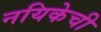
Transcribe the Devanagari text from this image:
नयिकेची